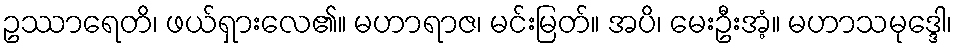
ဥဿာရေတိ၊ ဖယ်ရှားလေ၏။ မဟာရာဇ၊ မင်းမြတ်။ အပိ၊ မေးဦးအံ့။ မဟာသမုဒ္ဒေါ၊